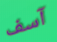
آسف